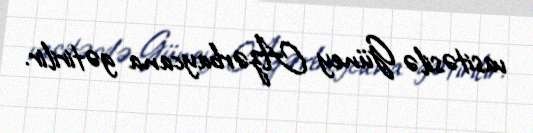
vasitəsilə Güney Azərbaycana gətirilir.